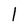
Character: l